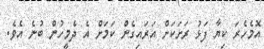
އޮމެހެރަ ކިޔާ ފަޅު ރަށަކަށް އަރައިގެން ކަމަށް އެ ދެމީހުން ބުނެ އެވެ.